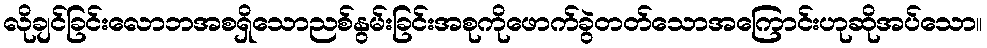
လိုချင်ခြင်းလောဘအစရှိသောညစ်နွမ်းခြင်းအစုကိုဖောက်ခွဲတတ်သောအကြောင်းဟုဆိုအပ်သော။